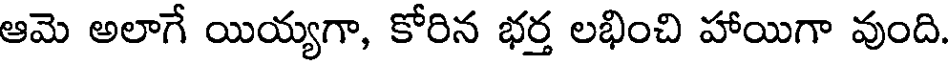
ఆమె అలాగే యియ్యగా, కోరిన భర్త లభించి హాయిగా వుంది.